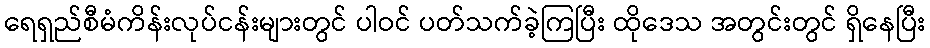
ရေရှည်စီမံကိန်းလုပ်ငန်းများတွင် ပါဝင် ပတ်သက်ခဲ့ကြပြီး ထိုဒေသ အတွင်းတွင် ရှိနေပြီး